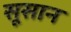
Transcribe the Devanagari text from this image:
सूसान